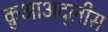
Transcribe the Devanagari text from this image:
क़ुआअद्लीस